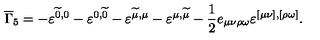
\overline { { \Gamma } } _ { 5 } = - \varepsilon ^ { \widetilde { 0 } , 0 } - \varepsilon ^ { 0 , \widetilde { 0 } } - \varepsilon ^ { \widetilde { \mu } , \mu } - \varepsilon ^ { { \mu } , \widetilde { \mu } } - \frac 1 2 e _ { \mu \nu \rho \omega } \varepsilon ^ { [ \mu \nu ] , [ \rho \omega ] } .